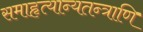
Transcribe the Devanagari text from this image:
समाहृत्यान्यतन्त्राणि